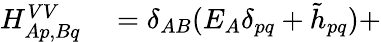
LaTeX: \begin{array}{rl}{H_{Ap,Bq}^{VV}}&{{}=\delta_{AB}(E_{A}\delta_{pq}+\tilde{h}_{pq})+}\end{array}